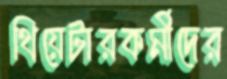
থিয়েটারকর্মীদের